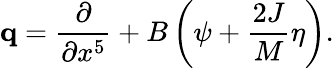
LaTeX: {\mathbf q}={\frac{\partial}{\partial x^{5}}}+B\left(\psi+{\frac{2J}{M}}\eta\right).